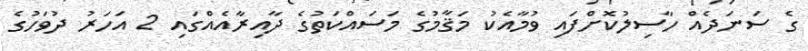
ގެ ސަނަދެއް ހާސިލުކޮށްފައި ވުމާއެކު މަޤާމުގެ މަސައްކަތުގެ ދާއިރާއެއްގައި 2 އަހަރު ދުވަހުގެ